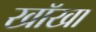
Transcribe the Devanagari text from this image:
खॉखा